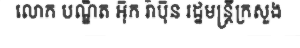
លោក បណ្ឌិត អ៊ុក រ៉ាប៊ុន រដ្ឋមន្ត្រីក្រសួង